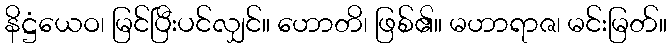
နိဋ္ဌံယေဝ၊ မြင်ပြီးပင်လျှင်။ ဟောတိ၊ ဖြစ်၏။ မဟာရာဇ၊ မင်းမြတ်။